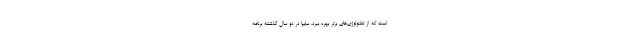
است كه از تکنولوژی‌های برتر بهره ببرد. سایپا در دو سال گذشته برنامه